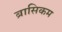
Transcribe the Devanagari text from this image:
ब्रासिकम